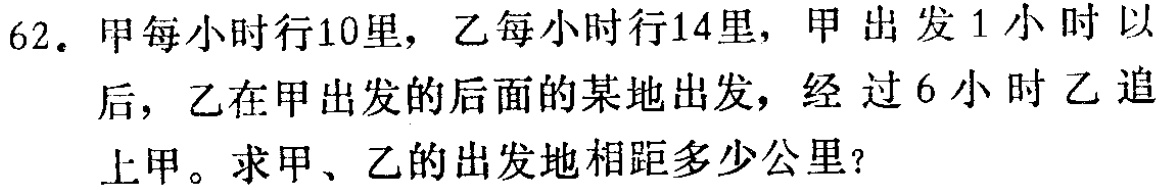
62. 甲每小时行10里，乙每小时行14里，甲出发1小时以后，乙在甲出发的后面的某地出发，经过6小时乙追上甲。求甲、乙的出发地相距多少公里？